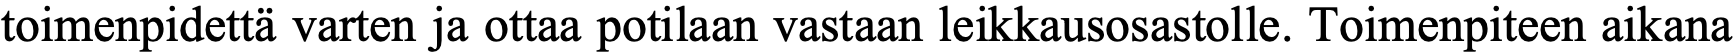
toimenpidettä varten ja ottaa potilaan vastaan leikkausosastolle. Toimenpiteen aikana